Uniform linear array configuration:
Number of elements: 32
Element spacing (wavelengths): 0.5
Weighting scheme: hamming
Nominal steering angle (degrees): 0
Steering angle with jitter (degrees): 0.9809
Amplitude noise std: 0.05
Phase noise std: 0.05

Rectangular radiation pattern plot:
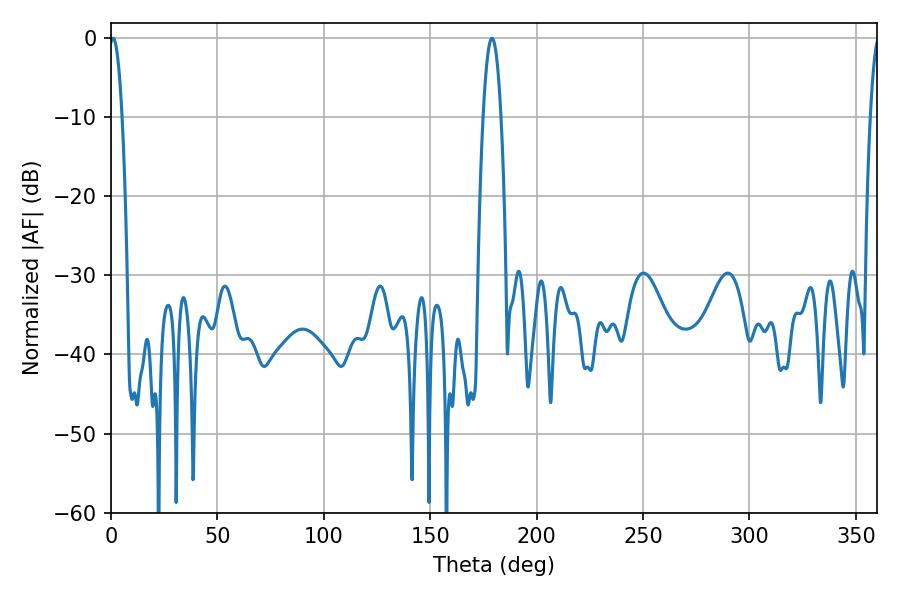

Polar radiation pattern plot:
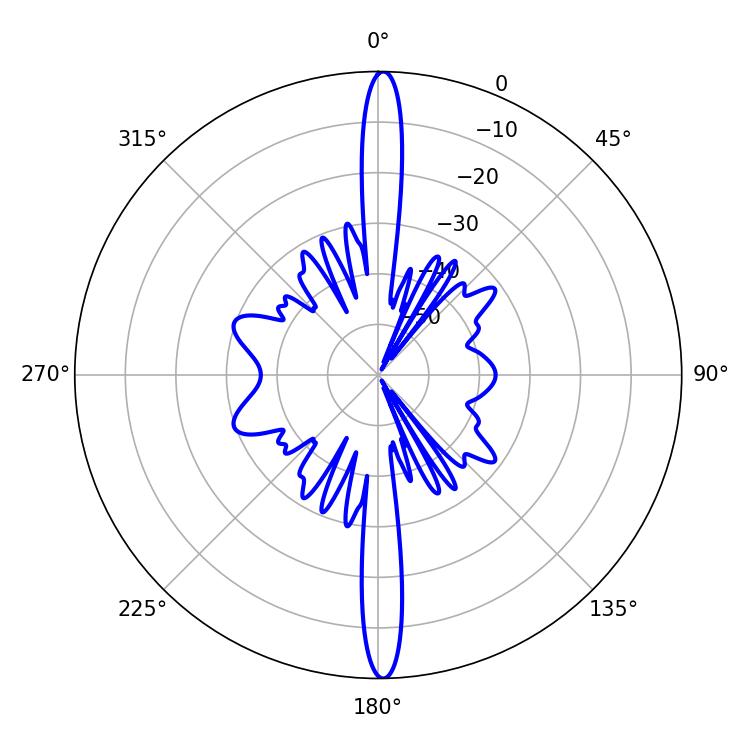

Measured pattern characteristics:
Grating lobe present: FALSE
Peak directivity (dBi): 28.906
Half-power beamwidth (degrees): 3.24
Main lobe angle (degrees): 0.9